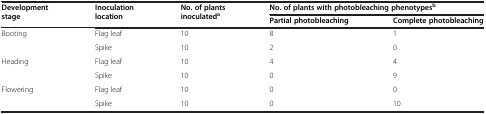
| <ROWSPAN=2> Development stage | <ROWSPAN=2> Inoculation location | <ROWSPAN=2> No. of plants inoculateda | <COLSPAN=2> No. of plants with photobleaching phenotypesb |
 | Partial photobleaching | Complete photobleaching |
 | --- | --- | --- | --- | --- |
 | <ROWSPAN=2> Booting | Flag leaf | 10 | 8 | 1 |
 | Spike | 10 | 2 | 0 |
 | <ROWSPAN=2> Heading | Flag leaf | 10 | 4 | 4 |
 | Spike | 10 | 0 | 9 |
 | <ROWSPAN=2> Flowering | Flag leaf | 10 | 0 | 0 |
 | Spike | 10 | 0 | 10 |